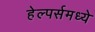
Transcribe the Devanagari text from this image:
हेल्पर्समध्ये